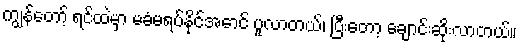
ကျွန်တော့် ရင်ထဲမှာ မခံမရပ်နိုင်အောင် ပူလာတယ်၊ ပြီးတော့ ချောင်းဆိုးလာတယ်။